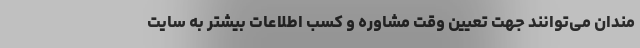
مندان می‌توانند جهت تعیین وقت مشاوره و کسب اطلاعات بیشتر به سایت